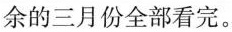
余的三月份全部看完。